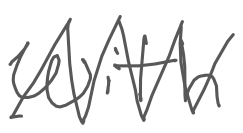
Text: with
Cross-out: zig-zag
Writing tool: digital_gray